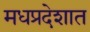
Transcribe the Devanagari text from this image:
मधप्रदेशात